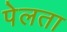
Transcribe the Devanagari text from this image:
पेलता